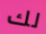
لك